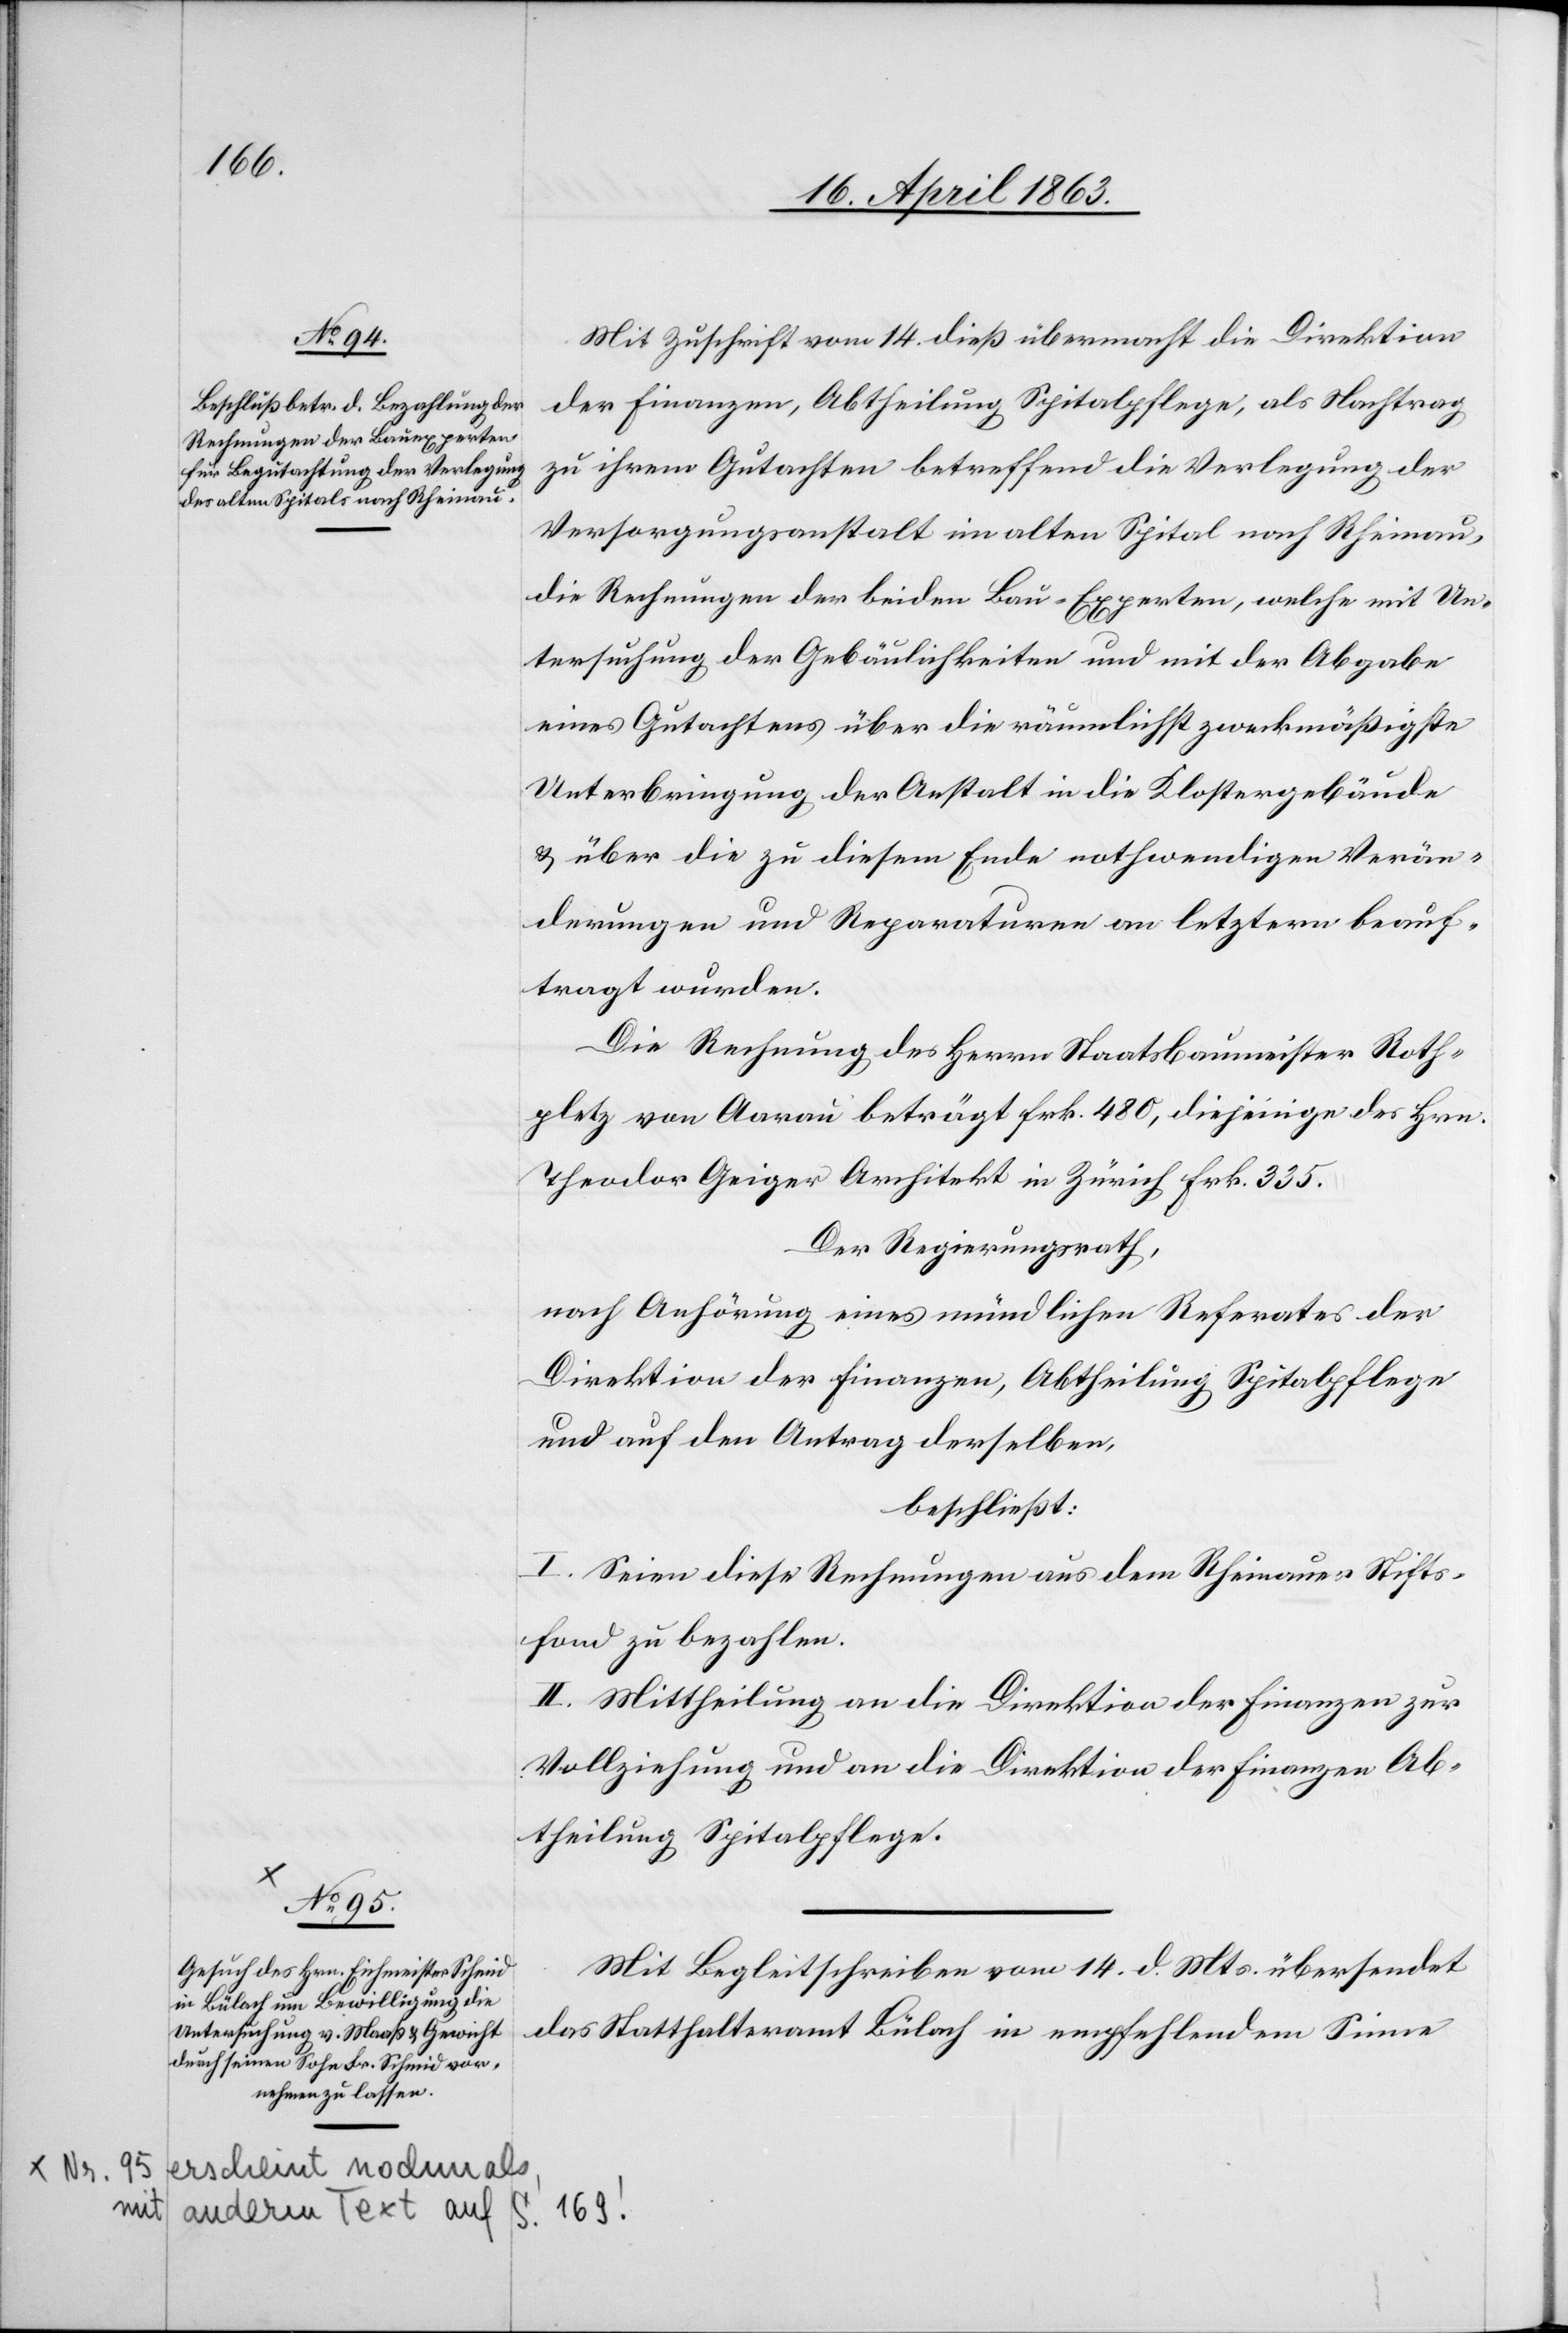
Mit Zuschrift vom 14. dieß übermacht die Direktion
der Finanzen, Abtheilung Spitalpflege, als Nachtrag
zu ihrem Gutachten betreffend die Verlegung der
Versorgungsanstalt im alten Spital nach Rheinau,
die Rechnungen der beiden Bau-Experten, welche mit Un¬
tersuchung der Gebäulichkeiten und mit der Abgabe
eines Gutachtens über die räumlichst zweckmäßigste
Unterbringung der Anstalt in die Klostergebäude
& über die zu diesem Ende nothwendigen Verän¬
derungen und Reparaturen an letztern beauf¬
tragt wurden.
Die Rechnung des Herrn Staatsbaumeister Roth¬
pletz von Aarau beträgt Frk. 480, diejenige der Hrn.
Theodor Geiger Architekt in Zürich Frk. 335.
Der Regierungsrath,
nach Anhörung eines mündlichen Referates der
Direktion der Finanzen, Abtheilung Spitalpflege
und auf den Antrag derselben,
beschließt:
I. Seien diese Rechnungen aus dem Rheinauer Stifts¬
fond zu bezahlen.
II. Mittheilung an die Direktion der Finanzen zur
Vollziehung und an die Direktion der Finanzen Ab¬
theilung Spitalpflege.
Mit Begleitschreiben vom 14. d. Mts. übersendet
das Statthalteramt Bülach in empfehlendem Sinne